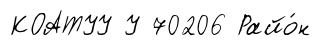
КОАТУУ У 70206 Райо́н